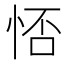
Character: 㤳